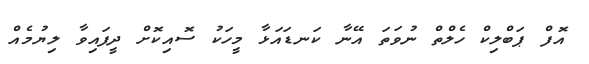
އޮފް ޕަބްލިކް ހެލްތް ނުވަތަ އޭނާ ކަނޑައަޅާ މީހަކު ސޮއިކޮށް ދީފައިވާ ލިޔުމެއް